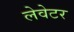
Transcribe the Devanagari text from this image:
लेवेटर